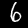
Digit: 6